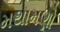
મથામણો